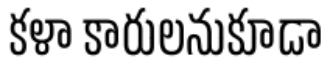
కళా కారులనుకూడా